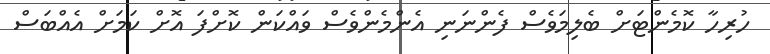
ހުރިހާ ކޮމެންޓަށް ބެލިމަވެސް ފެންނަނި އެންމެންވެސް ވައްކަން ކޮށްފަ އޮށް ކަމަށް އެއްބަސް